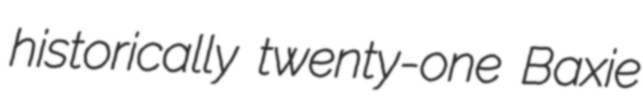
historically twenty-one Baxie